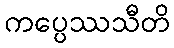
ကပ္ပေဿသီတိ